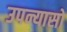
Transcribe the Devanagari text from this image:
उपन्यासो